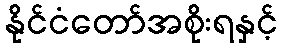
နိုင်ငံတော်အစိုးရနှင့်